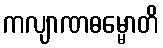
ကလျာဏဓမ္မောတိ